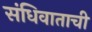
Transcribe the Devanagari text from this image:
संधिवाताची